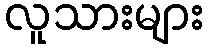
လူသားများ